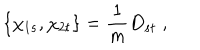
LaTeX: \{ \chi _ { 1 s } , \chi _ { 2 t } \} = \frac { 1 } { m } D _ { s t } \; ,